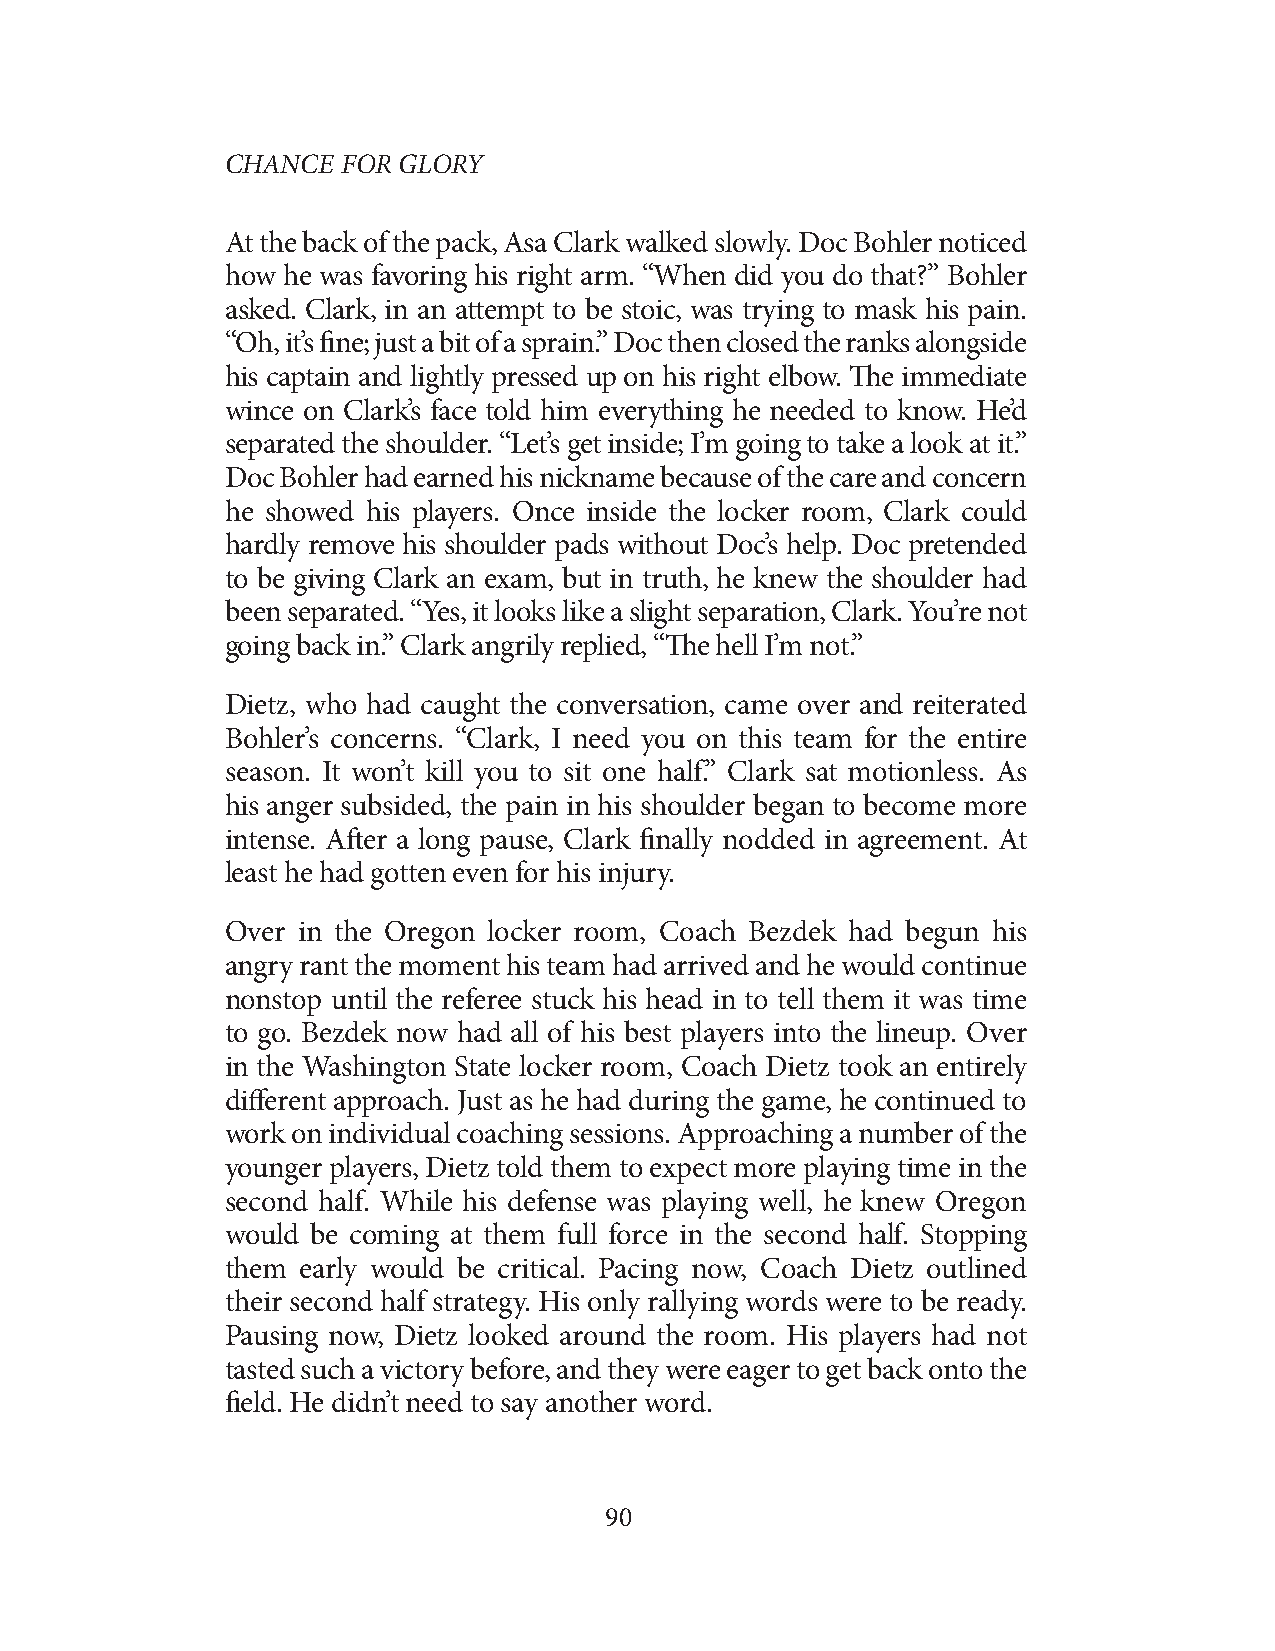
CHANCE  FOR GLORY
 At the back of the pack, Asa Clark walked slowly. Doc Bohler noticed
 how he was favoring his right arm. “When did you do that?” Bohler
 asked. Clark, in an attempt to be stoic, was trying to mask his pain.
 “Oh, it’s fine; just a bit of a sprain.” Doc then closed the ranks alongside
 his captain and lightly pressed up on his right elbow. The immediate
 wince on Clark’s face told him everything he needed to know. He’d
 separated the shoulder. “Let’s get inside; I’m going to take a look at it.”
 Doc Bohler had earned his nickname because of the care and concern
 he showed his players. Once inside the locker room, Clark could
 hardly remove his shoulder pads without Doc’s help. Doc pretended
 to be giving Clark an exam, but in truth, he knew the shoulder had
 been separated. “Yes, it looks like a slight separation, Clark. You’re not
 going back in.” Clark angrily replied, “The hell I’m not.”
 Dietz, who had caught the conversation, came over and reiterated
 Bohler’s concerns. “Clark, I need you on this team for the entire
 season. It won’t kill you to sit one half.” Clark sat motionless. As
 his anger subsided, the pain in his shoulder began to become more
 intense. After a long pause, Clark finally nodded in agreement. At
 least he had gotten even for his injury.
 Over in the Oregon locker room, Coach Bezdek had begun his
 angry rant the moment his team had arrived and he would continue
 nonstop until the referee stuck his head in to tell them it was time
 to go. Bezdek now had all of his best players into the lineup. Over
 in the Washington State locker room, Coach Dietz took an entirely
 different approach. Just as he had during the game, he continued to
 work on individual coaching sessions. Approaching a number of the
 younger players, Dietz told them to expect more playing time in the
 second half. While his defense was playing well, he knew Oregon
 would be coming at them full force in the second half. Stopping
 them early would be critical. Pacing now, Coach Dietz outlined
 their second half strategy. His only rallying words were to be ready.
 Pausing now, Dietz looked around the room. His players had not
 tasted such a victory before, and they were eager to get back onto the
 field. He didn’t need to say another word.
 90